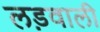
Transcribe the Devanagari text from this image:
लड़वाली